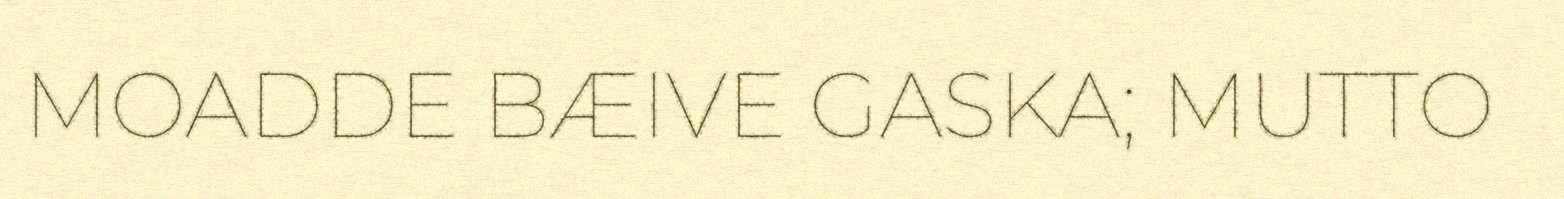
MOADDE BÆIVE GASKA; MUTTO